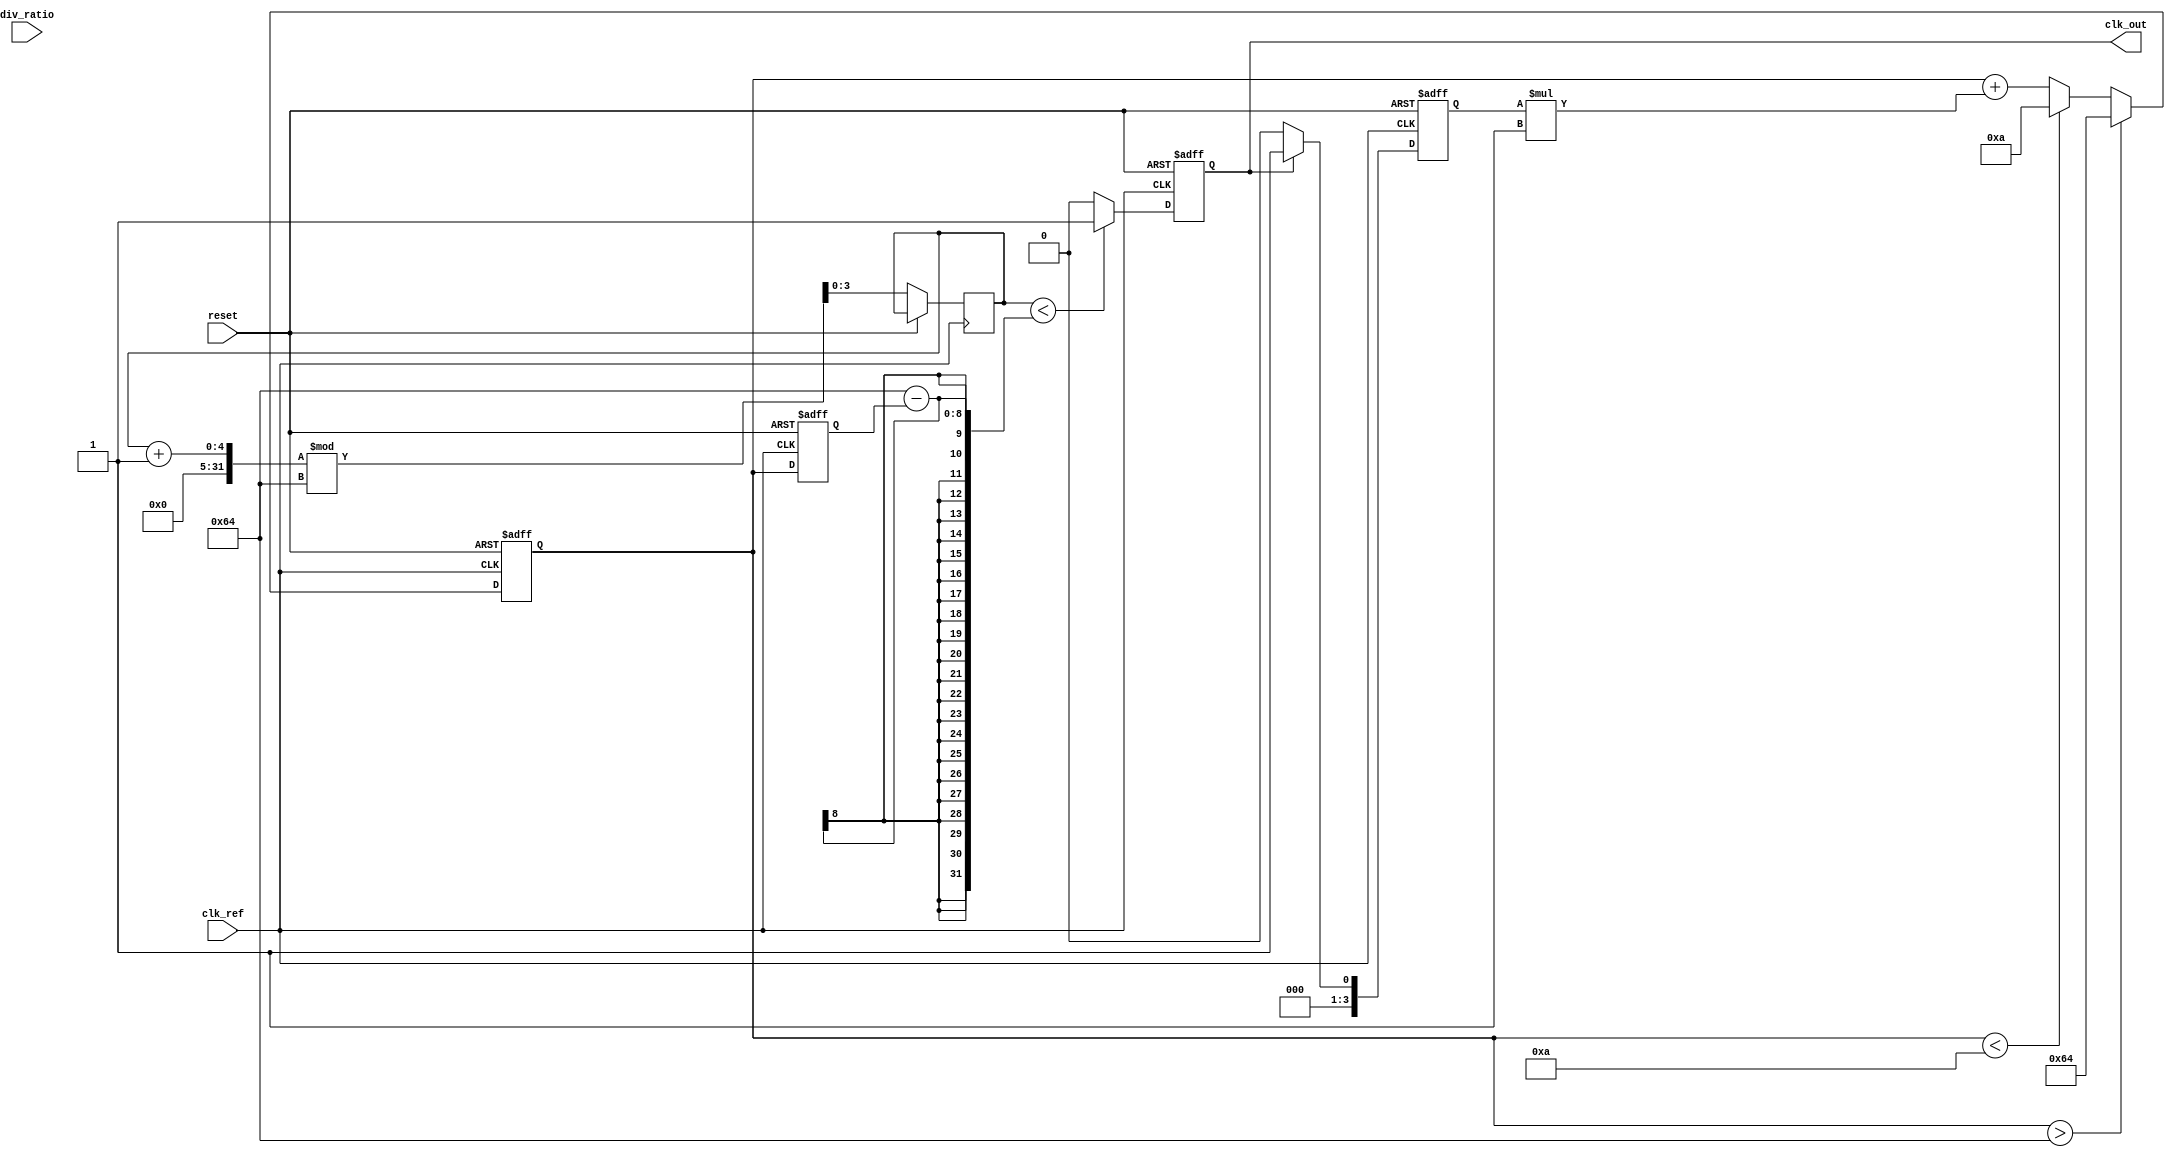
module low_jitter_pll (
    input wire clk_ref,        // Reference clock input
    input wire reset,          // Reset signal
    input wire [3:0] div_ratio, // Division ratio for the frequency divider
    output reg clk_out         // Output clock
);

// Parameters
parameter VCO_MAX_FREQ = 100; // Maximum frequency of VCO
parameter VCO_MIN_FREQ = 10;   // Minimum frequency of VCO
parameter LOOP_FILTER_GAIN = 1; // Gain for the loop filter

// Internal signals
reg [3:0] phase_error;          // Phase error signal from PD
reg [7:0] control_voltage;      // Control voltage for VCO
reg [7:0] vco_frequency;        // Current VCO frequency
reg [3:0] counter;              // Counter for frequency divider

// Phase Detector (PD)
always @(posedge clk_ref or posedge reset) begin
    if (reset) begin
        phase_error <= 0;
    end else begin
        // Simple phase comparison logic (for demonstration)
        if (clk_out) begin
            phase_error <= 1; // Indicate phase error
        end else begin
            phase_error <= 0; // No phase error
        end
    end
end

// Loop Filter (LF)
always @(posedge clk_ref or posedge reset) begin
    if (reset) begin
        control_voltage <= 0;
    end else begin
        // Simple proportional control for loop filter
        control_voltage <= control_voltage + (phase_error * LOOP_FILTER_GAIN);
        // Clamp control voltage to VCO range
        if (control_voltage > VCO_MAX_FREQ) begin
            control_voltage <= VCO_MAX_FREQ;
        end else if (control_voltage < VCO_MIN_FREQ) begin
            control_voltage <= VCO_MIN_FREQ;
        end
    end
end

// Voltage-Controlled Oscillator (VCO)
always @(posedge clk_ref or posedge reset) begin
    if (reset) begin
        vco_frequency <= VCO_MIN_FREQ;
        clk_out <= 0;
    end else begin
        // Adjust VCO frequency based on control voltage
        vco_frequency <= control_voltage;
        // Generate output clock based on VCO frequency
        if (counter < (100 - vco_frequency)) begin
            clk_out <= 1;
        end else begin
            clk_out <= 0;
        end
        counter <= (counter + 1) % 100; // Simple clock generation
    end
end

// Frequency Divider (N)
reg [3:0] div_counter;

always @(posedge clk_out or posedge reset) begin
    if (reset) begin
        div_counter <= 0;
    end else begin
        if (div_counter == div_ratio - 1) begin
            div_counter <= 0;
            // Output divided clock (not implemented in this example)
        end else begin
            div_counter <= div_counter + 1;
        end
    end
end

endmodule